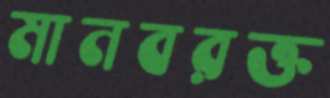
মানবরক্ত